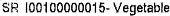
SR I00100000015-VEGETABLE